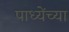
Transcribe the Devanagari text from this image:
पाध्येंच्या